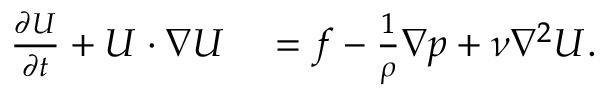
\begin{array} { r l } { \frac { \partial \boldsymbol { U } } { \partial t } + \boldsymbol { U } \cdot \nabla \boldsymbol { U } } & { { } = \boldsymbol { f } - \frac { 1 } { \rho } \nabla p + \nu \nabla ^ { 2 } \boldsymbol { U } . } \end{array}